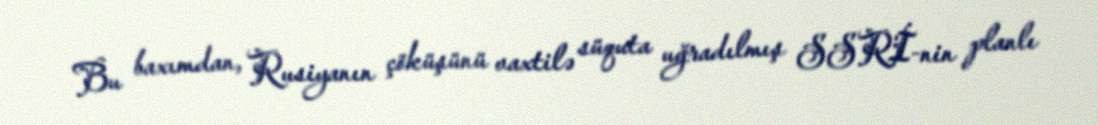
Bu baxımdan, Rusiyanın çöküşünü vaxtilə süquta uğradılmış SSRİ-nin planlı